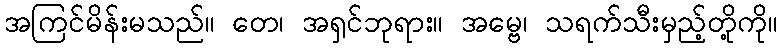
အကြင်မိန်းမသည်။ တေ၊ အရှင်ဘုရား။ အမ္ဗေ၊ သရက်သီးမှည့်တို့ကို။